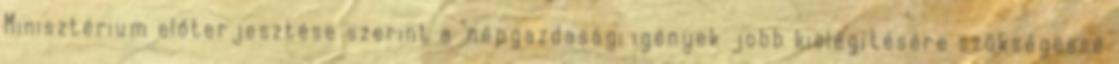
Minisztérium előterjesztése szerint a "népgazdasági igények jobb kielégítésére szükségessé